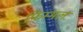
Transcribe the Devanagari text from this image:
फिम्मल